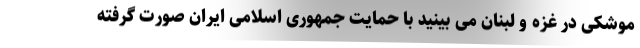
موشکی در غزه و لبنان می بینید با حمایت جمهوری اسلامی ایران صورت گرفته